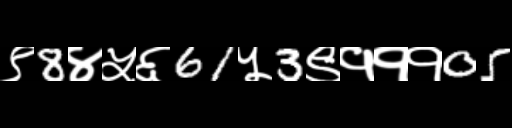
Text: ९8४५६61५3९१११05